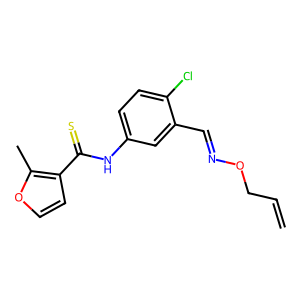
SMILES: C=CCON=Cc1cc(NC(=S)c2ccoc2C)ccc1Cl
Inhibits HIV replication: Yes